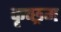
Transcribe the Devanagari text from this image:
कृच्छ्रम